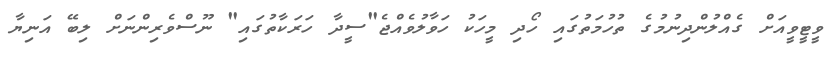
ވީޓީވީއަށް ގެއްލުންދިނުމުގެ ތުހުމަތުގައި ހޯދި މީހަކު ހަވާލުވެއްޖެ"ސީދާ ހަރަކާތުގައި" ނޫސްވެރިންނަށް ލިބޭ އަނިޔާ